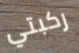
ركبتي